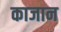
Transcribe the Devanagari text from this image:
काजान